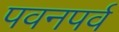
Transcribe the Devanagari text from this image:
पवनपर्व